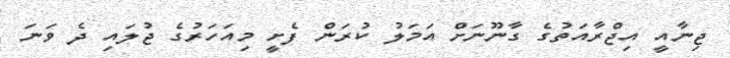
ޖިނާއީ އިޖްރާއަތުގެ ގާނޫނަށް އަމަލު ކުރަން ފެށީ މިއަހަރުގެ ޖުލައި ދެ ވަނަ